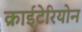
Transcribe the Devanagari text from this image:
क्राईटेरियोन